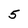
Character: 5